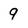
Character: 9